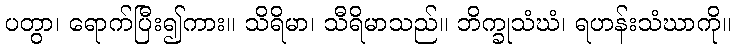
ပတွာ၊ ရောက်ပြီး၍ကား။ သိရိမာ၊ သီရိမာသည်။ ဘိက္ခုသံဃံ၊ ရဟန်းသံဃာကို။